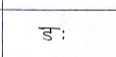
मजकूर: डः